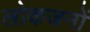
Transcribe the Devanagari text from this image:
लोकजनों